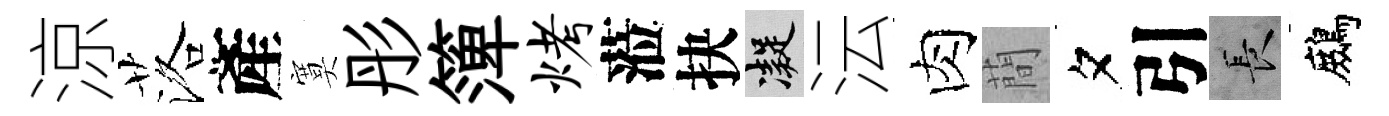
涼落產寞彤𥱼烤蒞抉凝沄肉蕳夕引长鷓